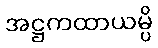
အဋ္ဌကထာယမ္ပိ